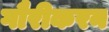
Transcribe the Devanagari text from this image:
गौरीकरन